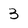
Character: 3